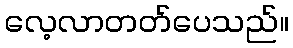
လေ့လာတတ်ပေသည်။